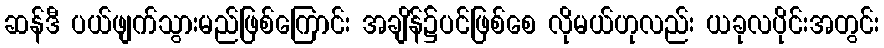
ဆန်ဒီ ပယ်ဖျက်သွားမည်ဖြစ်ကြောင်း အချိန်၌ပင်ဖြစ်စေ လိုမယ်ဟုလည်း ယခုလပိုင်းအတွင်း